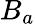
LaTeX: B_{a}